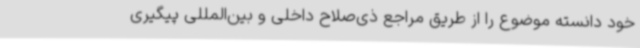
خود دانسته موضوع را از طریق مراجع ذی‌صلاح داخلی و بین‌المللی پیگیری